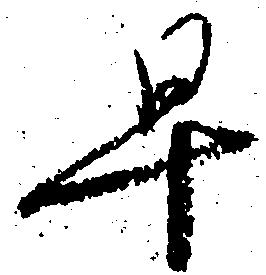
早